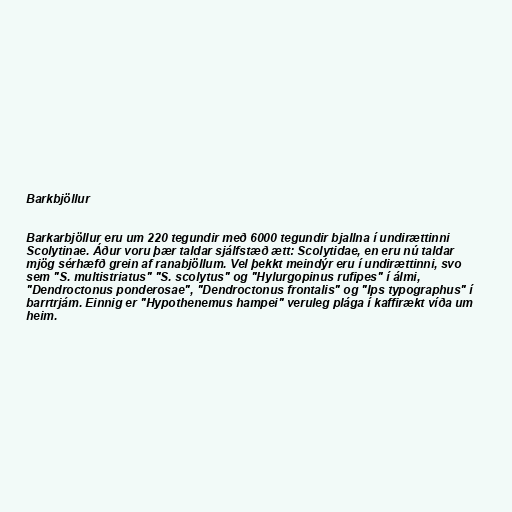
Barkbjöllur

Barkarbjöllur eru um 220 tegundir með 6000 tegundir bjallna í undirættinni
Scolytinae. Áður voru þær taldar sjálfstæð ætt: Scolytidae, en eru nú taldar
mjög sérhæfð grein af ranabjöllum. Vel þekkt meindýr eru í undirættinni, svo
sem "S. multistriatus" "S. scolytus" og "Hylurgopinus rufipes" í álmi,
"Dendroctonus ponderosae", "Dendroctonus frontalis" og "Ips typographus" í
barrtrjám. Einnig er "Hypothenemus hampei" veruleg plága í kaffirækt víða um
heim.